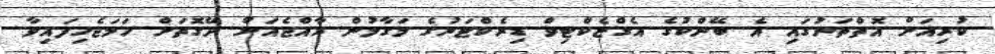
ކުރިއަށް އޮތްތަނުގައި އެ ބޭންކުގެ އެގްޒެކްޓިވް ޑިރެކްޓަރުގެ މަގާމުން ރާއްޖެއަށް ދޭގޮތަށް ހަމަޖެހިފައިވާ